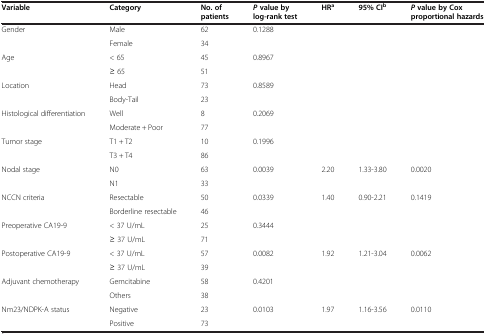
<table><thead><tr><td><b>Variable</b></td><td><b>Category</b></td><td><b>No. of patients</b></td><td><b><i>P</i>value by log-rank test</b></td><td><b>HR<sup>a</sup></b></td><td><b>95% CI<sup>b</sup></b></td><td><b><i>P</i>value by Cox proportional hazards</b></td></tr></thead><tbody><tr><td>Gender</td><td>Male</td><td>62</td><td>0.1288</td><td> </td><td> </td><td> </td></tr><tr><td> </td><td>Female</td><td>34</td><td> </td><td> </td><td> </td><td> </td></tr><tr><td>Age</td><td>&lt; 65</td><td>45</td><td>0.8967</td><td> </td><td> </td><td> </td></tr><tr><td> </td><td>≥ 65</td><td>51</td><td> </td><td> </td><td> </td><td> </td></tr><tr><td>Location</td><td>Head</td><td>73</td><td>0.8589</td><td> </td><td> </td><td> </td></tr><tr><td> </td><td>Body-Tail</td><td>23</td><td> </td><td> </td><td> </td><td> </td></tr><tr><td>Histological differentiation</td><td>Well</td><td>8</td><td>0.2069</td><td> </td><td> </td><td> </td></tr><tr><td> </td><td>Moderate + Poor</td><td>77</td><td> </td><td> </td><td> </td><td> </td></tr><tr><td>Tumor stage</td><td>T1 + T2</td><td>10</td><td>0.1996</td><td> </td><td> </td><td> </td></tr><tr><td> </td><td>T3 + T4</td><td>86</td><td> </td><td> </td><td> </td><td> </td></tr><tr><td>Nodal stage</td><td>N0</td><td>63</td><td>0.0039</td><td>2.20</td><td>1.33-3.80</td><td>0.0020</td></tr><tr><td> </td><td>N1</td><td>33</td><td> </td><td> </td><td> </td><td> </td></tr><tr><td>NCCN criteria</td><td>Resectable</td><td>50</td><td>0.0339</td><td>1.40</td><td>0.90-2.21</td><td>0.1419</td></tr><tr><td> </td><td>Borderline resectable</td><td>46</td><td> </td><td> </td><td> </td><td> </td></tr><tr><td>Preoperative CA19-9</td><td>&lt; 37 U/mL</td><td>25</td><td>0.3444</td><td> </td><td> </td><td> </td></tr><tr><td> </td><td>≥ 37 U/mL</td><td>71</td><td> </td><td> </td><td> </td><td> </td></tr><tr><td>Postoperative CA19-9</td><td>&lt; 37 U/mL</td><td>57</td><td>0.0082</td><td>1.92</td><td>1.21-3.04</td><td>0.0062</td></tr><tr><td> </td><td>≥ 37 U/mL</td><td>39</td><td> </td><td> </td><td> </td><td> </td></tr><tr><td>Adjuvant chemotherapy</td><td>Gemcitabine</td><td>58</td><td>0.4201</td><td> </td><td> </td><td> </td></tr><tr><td> </td><td>Others</td><td>38</td><td> </td><td> </td><td> </td><td> </td></tr><tr><td>Nm23/NDPK-A status</td><td>Negative</td><td>23</td><td>0.0103</td><td>1.97</td><td>1.16-3.56</td><td>0.0110</td></tr><tr><td> </td><td>Positive</td><td>73</td><td> </td><td> </td><td> </td><td> </td></tr></tbody></table>